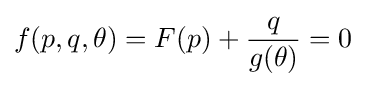
f(p,q,\theta )=F(p)+{\frac {q}{g(\theta )}}=0